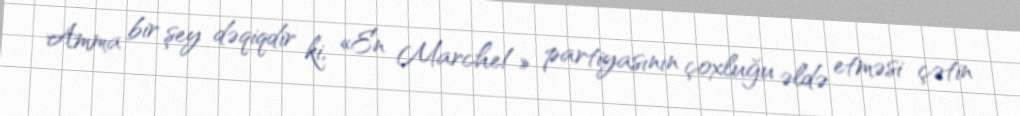
Amma bir şey dəqiqdir ki, «En Marche!» partiyasının çoxluğu əldə etməsi çətin